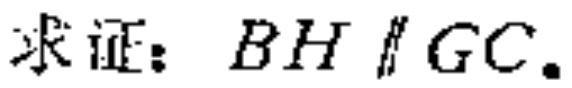
求证：\(BH\parallel GC\)。